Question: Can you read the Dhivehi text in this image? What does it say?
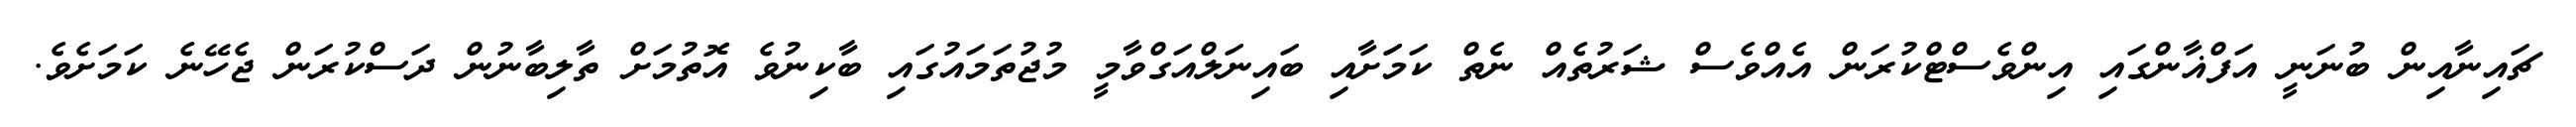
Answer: ޗައިނާއިން ބުނަނީ އަފްޣާންގައި އިންވެސްޓްކުރަން އެއްވެސް ޝަރުތެއް ނެތް ކަމަަށާއި ބައިނަލްއަގްވާމީ މުޖުތަމައުގައި ބާކިނުވެ އޮތުމަށް ތާލިބާނުން ދަސްކުރަން ޖެހޭނެ ކަމަށެވެ.